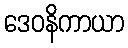
ဒေဝနိကာယာ